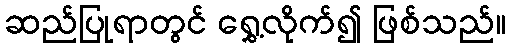
ဆည်ပြုရာတွင် ရွှေ့လိုက်၍ ဖြစ်သည်။